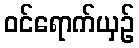
ဝင်ရောက်ယှဉ်